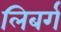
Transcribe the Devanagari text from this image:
लिबर्ग